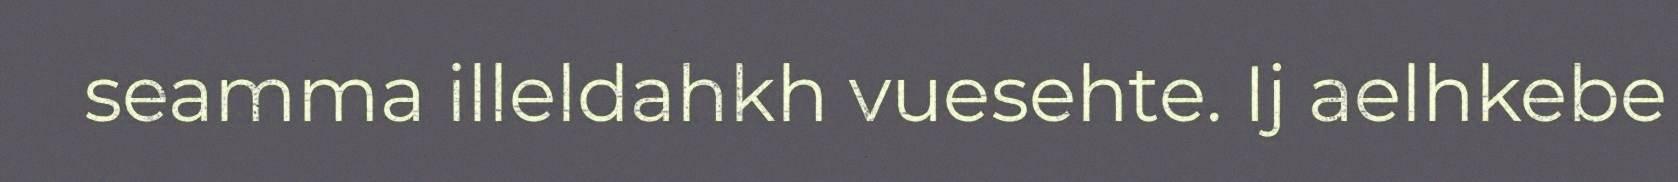
seamma illeldahkh vuesehte. Ij aelhkebe